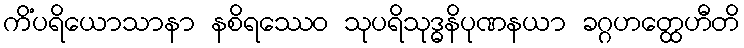
ကိံပရိယောသာနာ နစိရဿေဝ သုပရိသုဒ္ဓနိပုဏနယာ ခဂ္ဂဟတ္ထေဟီတိ